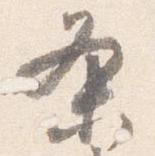
条